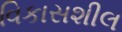
વિકાસશીલ